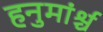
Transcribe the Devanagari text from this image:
हनुमांर्श्च